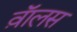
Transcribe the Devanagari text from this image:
व़ाॅलस